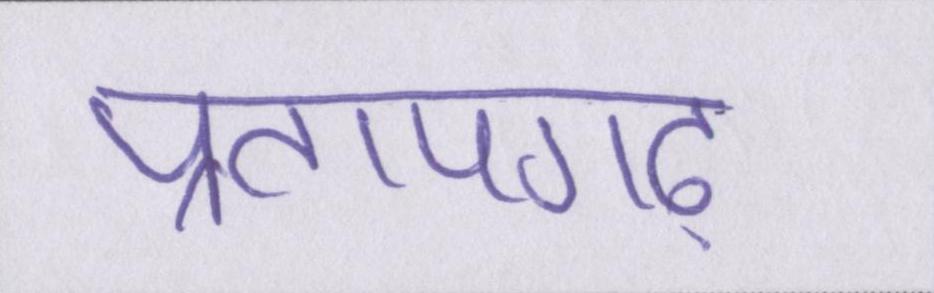
प्रतापगढ़